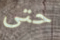
حتى